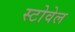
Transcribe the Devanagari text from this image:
स्टोवेल